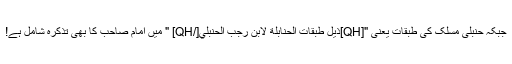
جبکہ حنبلی مسلک کی طبقات یعنی "[QH]ذيل طبقات الحنابلة لابن رجب الحنبلي[/QH] " میں امام صاحب کا بھی تذکرہ شامل ہے!